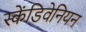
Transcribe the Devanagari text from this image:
स्केंडिवेनियन